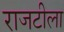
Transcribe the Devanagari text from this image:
राजटीला